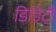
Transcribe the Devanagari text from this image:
डिडिटी